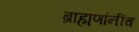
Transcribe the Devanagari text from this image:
ब्राह्मणांनींच